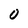
Character: O